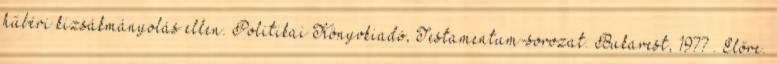
hűbéri kizsákmányolás ellen. Politikai Könyvkiadó, Testamentum-sorozat. Bukarest, 1977 . Előre.